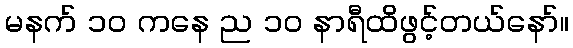
မနက် ၁၀ ကနေ ည ၁၀ နာရီထိဖွင့်တယ်နော်။